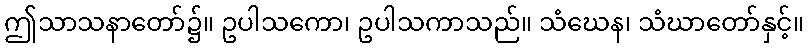
ဤသာသနာတော်၌။ ဥပါသကော၊ ဥပါသကာသည်။ သံဃေန၊ သံဃာတော်နှင့်။